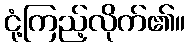
ငုံ့ကြည့်လိုက်၏။